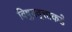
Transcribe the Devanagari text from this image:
विषुववृत्ताकडे